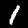
Digit: 1